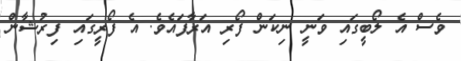
ވެސް އެ ލޯބީގައި ވަނީ ނިކަން ފޯރި އަރާފައެވެ. އެ ފޯރީގައި ފިރުޝާން